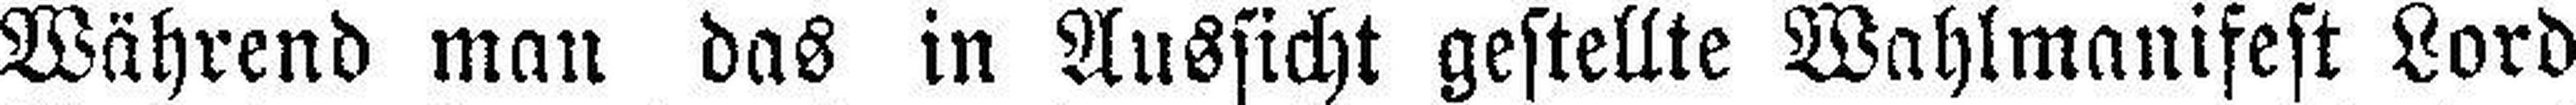
Während man das in Aussicht gestellte Wahlmanifest Lord